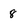
Character: 8